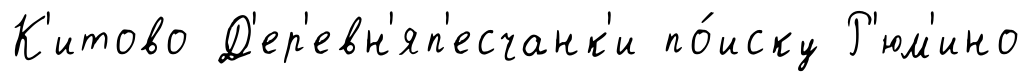
К'итово Д'ер'евн'яп'есчанк'и по́иску Р'юм'ино